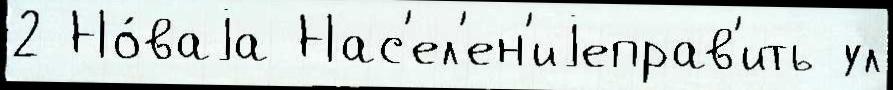
2 Но́ваjа Нас'ел'ен'иjеправ'ить ул